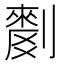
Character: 𱐥